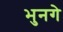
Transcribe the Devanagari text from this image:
भुनगे